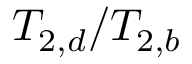
{ T _ { 2 , d } } / { T _ { 2 , b } }